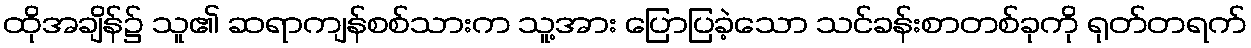
ထိုအချိန်၌ သူ၏ ဆရာကျန်စစ်သားက သူ့အား ပြောပြခဲ့သော သင်ခန်းစာတစ်ခုကို ရုတ်တရက်